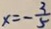
x = - \frac { 3 } { 5 }